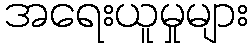
အရေးယူမှုများ